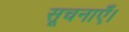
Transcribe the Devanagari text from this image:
सूचनाएँ।